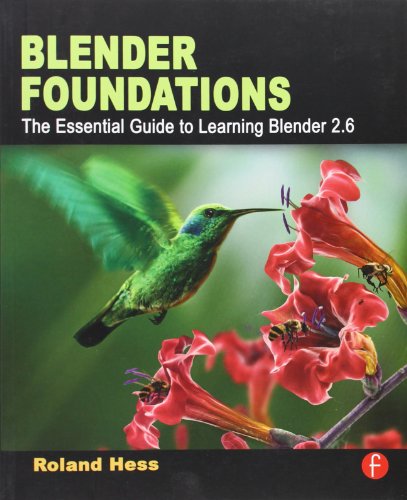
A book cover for Blender Foundations: The Essential Guide to Learning Blender 2.6; Roland Hess; Computers & Technology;